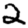
Digit: 2